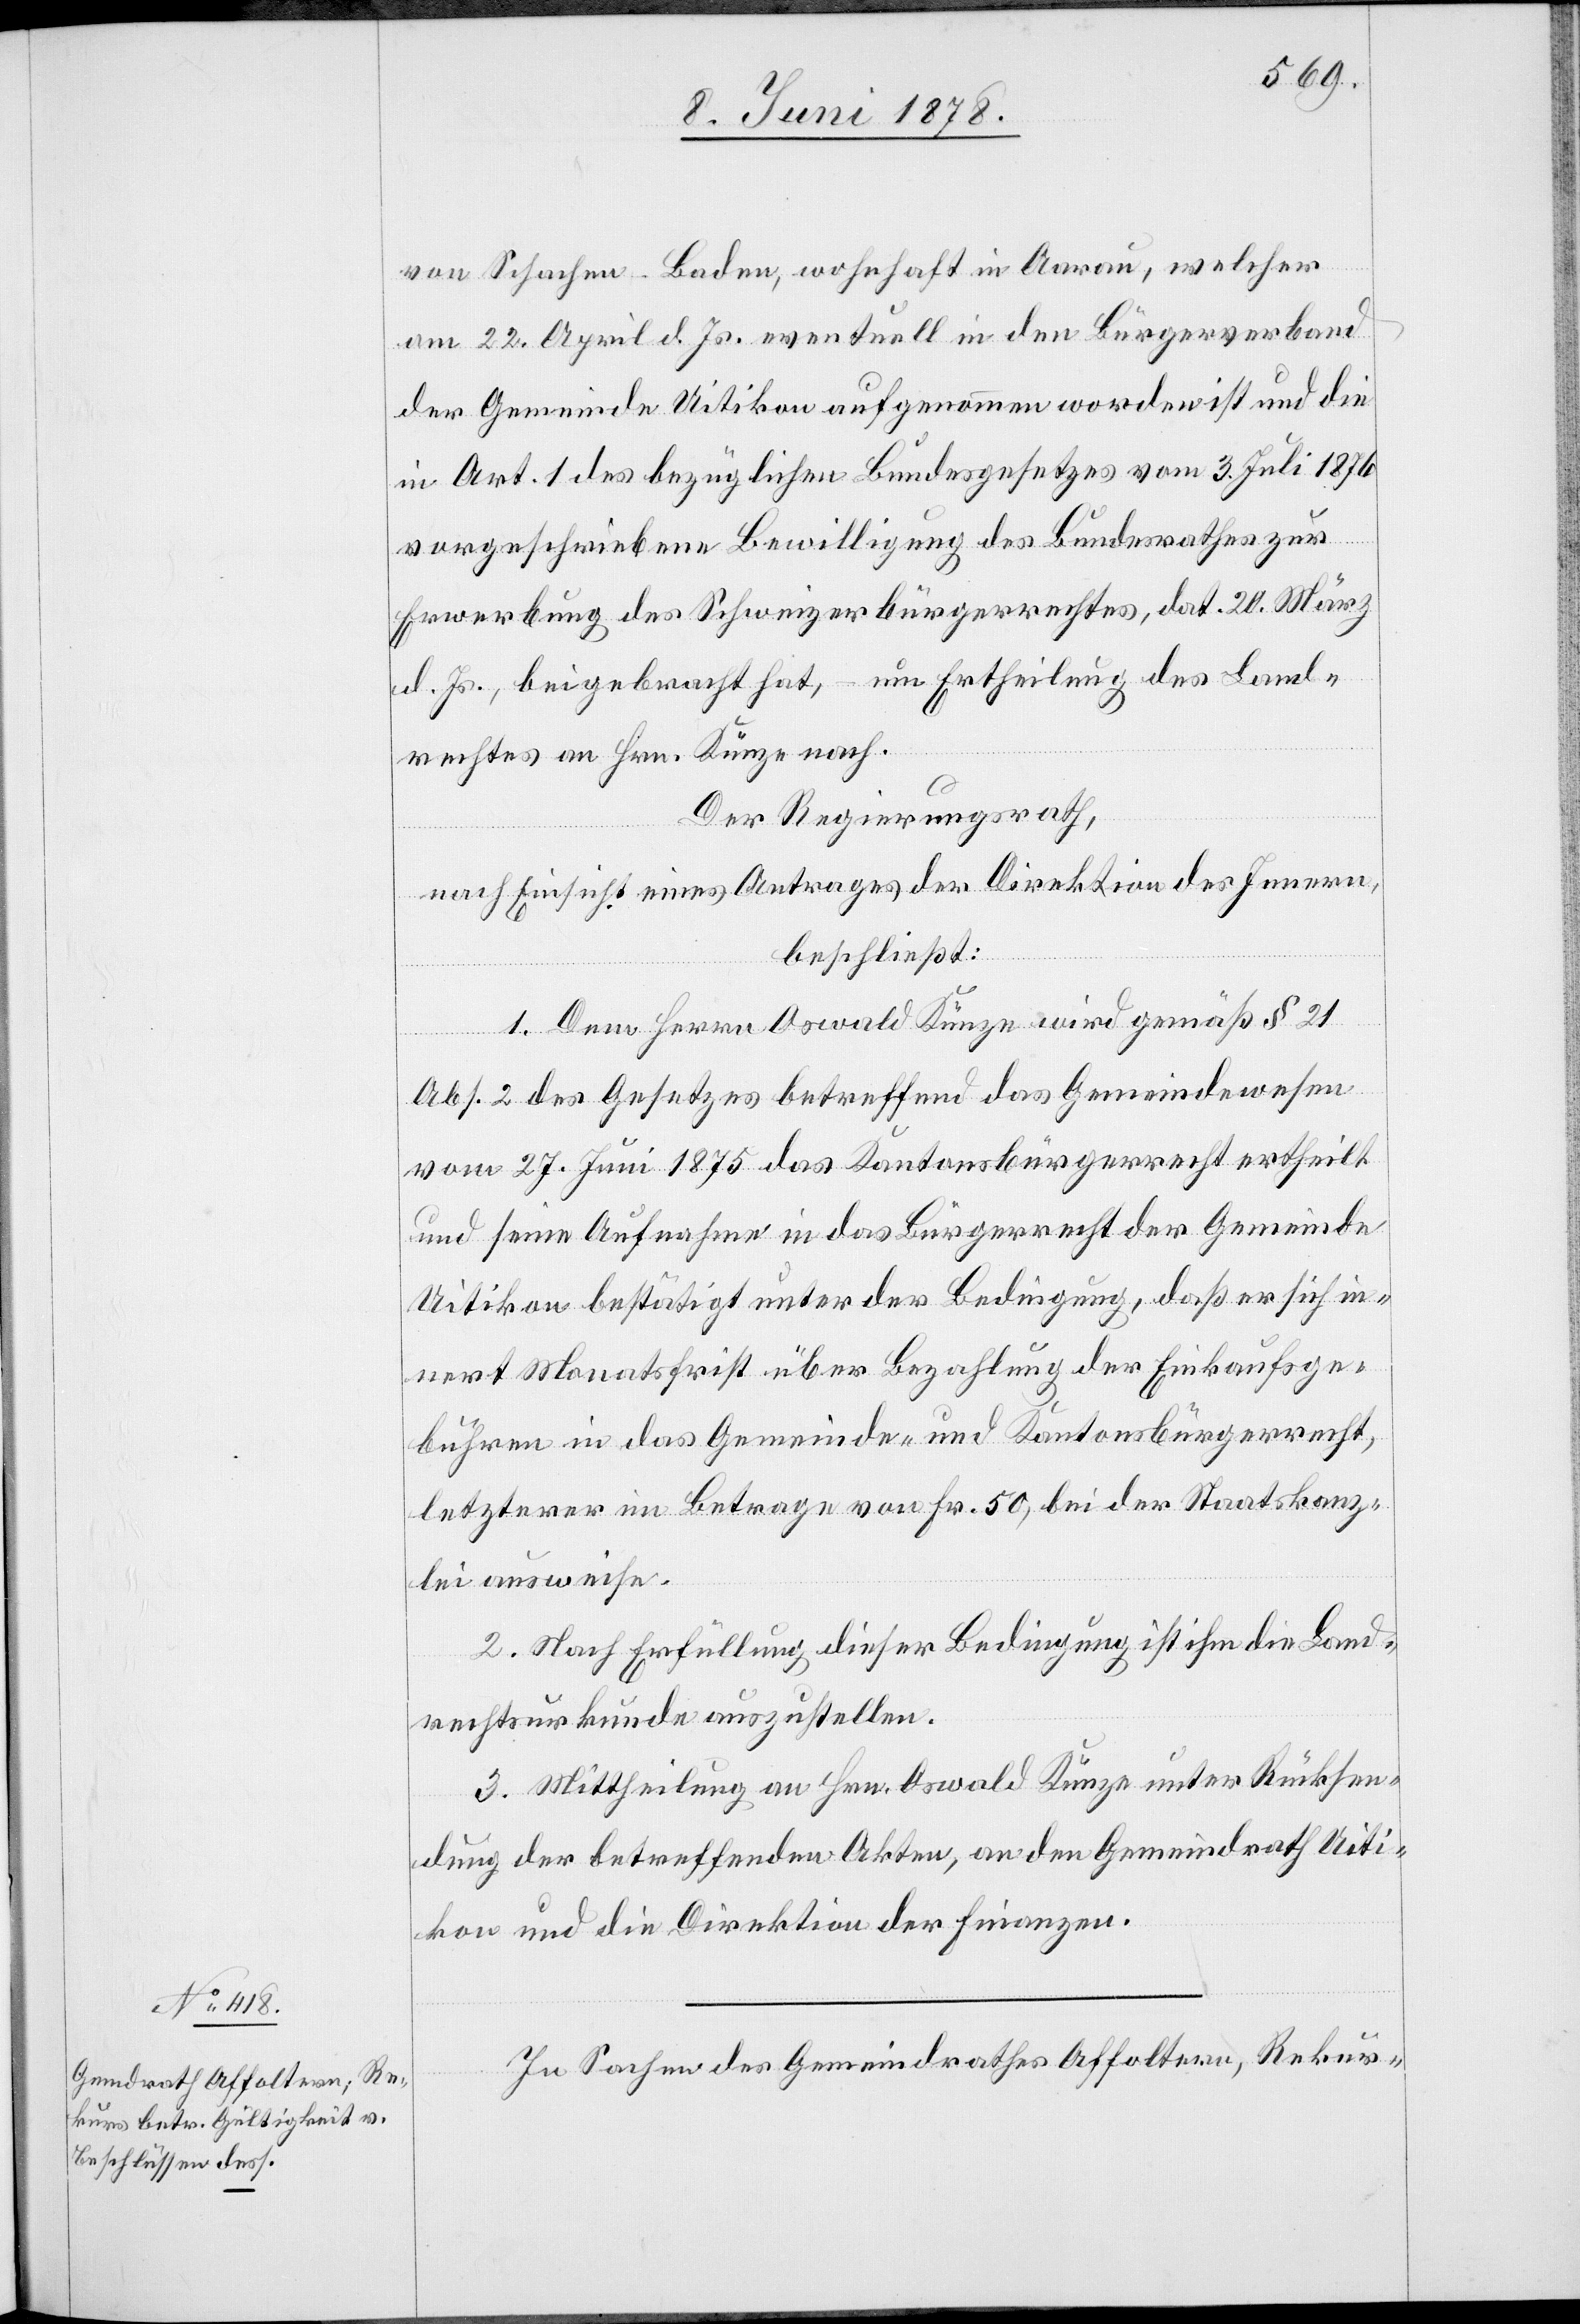
von Schachen - Baden, wohnhaft in Aarau, welcher
am 22. April. d. Js. eventuell in den Bürgerverband
der Gemeinde Uitikon aufgenommen worden ist und die
in Art. 1 des bezüglichen Bundesgesetzes vom 3. Juli 1876
vorgeschriebene Bewilligung des Bundesrathes zur
Erwerbung des Schweizerbürgerrechtes, dat. 20. März
d. Js., beigebracht hat, – um Ertheilung des Land¬
rechtes an Hrn. Künze nach.
Der Regierungsrath,
nach Einsicht eines Antrages der Direktion des Innern,
beschließt:
1. Dem Herrn Oswald Künze wird gemäß § 21
Abs. 2 des Gesetzes betreffend das Gemeindewesen
vom 27. Juni 1875 das Kantonsbürgerrecht ertheilt
und seine Aufnahme in das Bürgerrecht der Gemeinde
Uitikon bestätigt unter der Bedingung, daß er sich in¬
nert Monatsfrist über Bezahlung der Einkaufsge¬
bühren in das Gemeinde- und Kantonsbürgerrecht,
letzterer im Betrage von Fr. 50, bei der Staatskanz¬
lei ausweise.
2. Nach Erfüllung dieser Bedingung ist ihm die Land¬
rechtsurkunde auszustellen.
3. Mittheilung an Hrn. Oswald Künze unter Rücksen¬
dung der betreffenden Akten, an den Gemeindrath Uiti¬
kon und die Direktion der Finanzen.